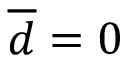
\overline { { d } } = 0